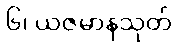
၆၊ ယဇမာနသုတ်